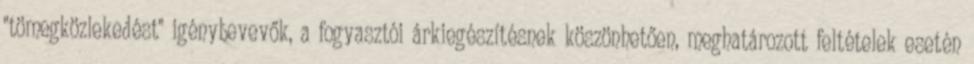
"tömegközlekedést" igénybevevők, a fogyasztói árkiegészítésnek köszönhetően, meghatározott feltételek esetén